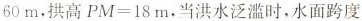
60m。拱高$$PM=18m$$，当洪水泛滥时，水面跨度